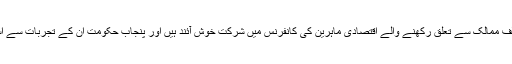
ایک بیان میں انہوں نے کہا کہ صوبائی دارالحکومت میں دنیا کے مختلف ممالک سے تعلق رکھنے والے اقتصادی ماہرین کی کانفرنس میں شرکت خوش آئند ہیں اور پنجاب حکومت ان کے تجربات سے استفادہ کرتے ہوئے شرح ترقی میں اضافے کے لیے اقدامات کرے گی۔